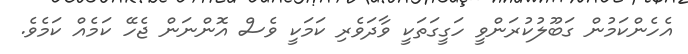
އެހެންކަމުން ގަބޫލުކުރަންވީ ހަގީގަތަކީ ވާދަވެރި ކަމަކީ ވެސް އޮންނަން ޖެހޭ ކަމެއް ކަމެވެ.